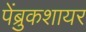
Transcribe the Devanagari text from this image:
पेंब्रुकशायर